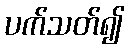
ပက်သတ်၍